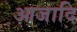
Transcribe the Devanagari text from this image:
आजादि